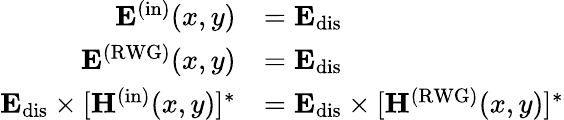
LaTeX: \begin{array}{rl}{\mathbf{E}^{(\mathrm{in})}(x,y)}&{=\mathbf{E}_{\mathrm{dis}}}\\ {\mathbf{E}^{\mathrm{(RWG)}}(x,y)}&{=\mathbf{E}_{\mathrm{dis}}}\\ {\mathbf{E}_{\mathrm{dis}}\times[\mathbf{H}^{\mathrm{(in)}}(x,y)]^{*}}&{=\mathbf{E}_{\mathrm{dis}}\times[\mathbf{H}^{\mathrm{(RWG)}}(x,y)]^{*}}\end{array}